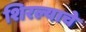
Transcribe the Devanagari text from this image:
शिरल्याचे